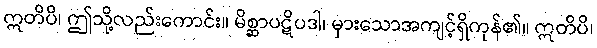
ဣတိပိ၊ ဤသို့လည်းကောင်း။ မိစ္ဆာပဋိပဒါ၊ မှားသောအကျင့်ရှိကုန်၏။ ဣတိပိ၊